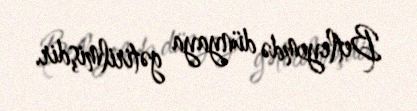
Betleyemdə dünyaya gətirilmişdir.